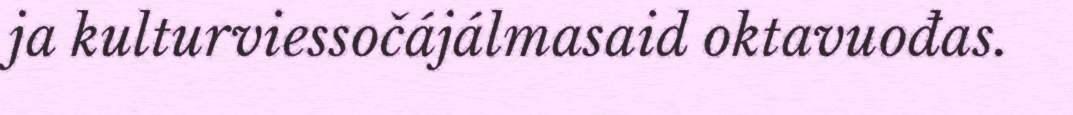
ja kulturviessočájálmasaid oktavuođas.